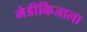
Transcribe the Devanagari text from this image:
मेडीकिजाला